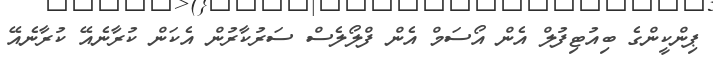
ޕިންކީންގެ ބިއުޓިފުލް އެން އޯސަމް އެން ފްލޯލެސް ސަރުކާރުން އެކަން ކުރާނެއޭ ކުރާނެއޭ